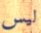
ليس